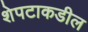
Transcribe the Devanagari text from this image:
शेपटाकडील